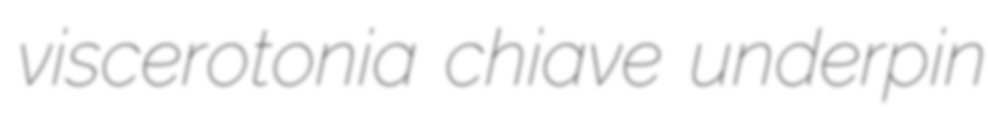
viscerotonia chiave underpin